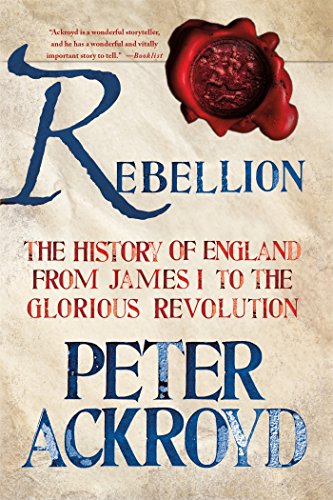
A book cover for Rebellion: The History of England from James I to the Glorious Revolution; Peter Ackroyd; History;